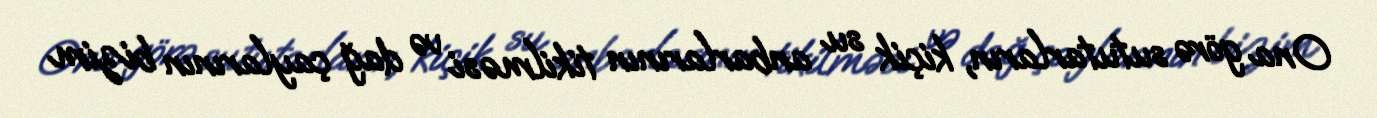
Ona görə sututarların, kiçik su anbarlarının tikilməsi və dağ çaylarının bizim